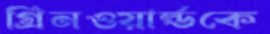
গ্রিনওয়ার্ল্ডকে